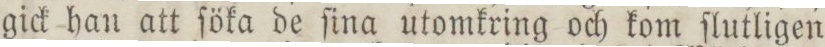
gick han att ſöka de ſina utomkring och kom ſlutligen